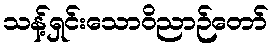
သန့်ရှင်းသောဝိညာဉ်တော်